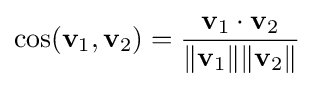
\cos(\mathbf {v} _{1},\mathbf {v} _{2})={\frac {\mathbf {v} _{1}\cdot \mathbf {v} _{2}}{\|\mathbf {v} _{1}\|\|\mathbf {v} _{2}\|}}